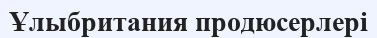
Ұлыбритания продюсерлері